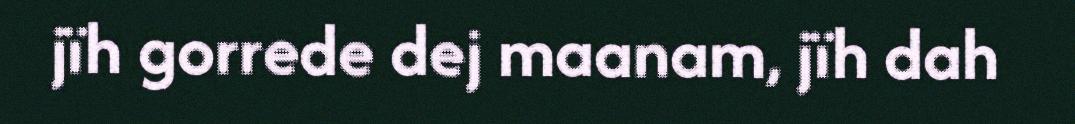
jïh gorrede dej maanam, jïh dah